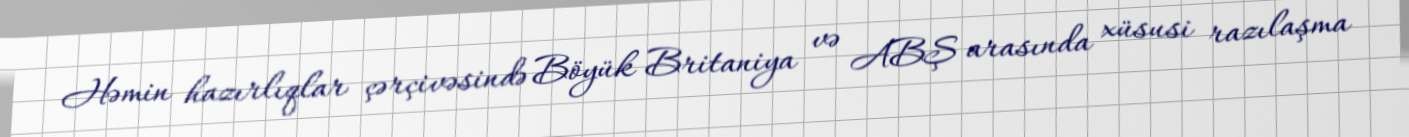
Həmin hazırlıqlar çərçivəsində Böyük Britaniya və ABŞ arasında xüsusi razılaşma